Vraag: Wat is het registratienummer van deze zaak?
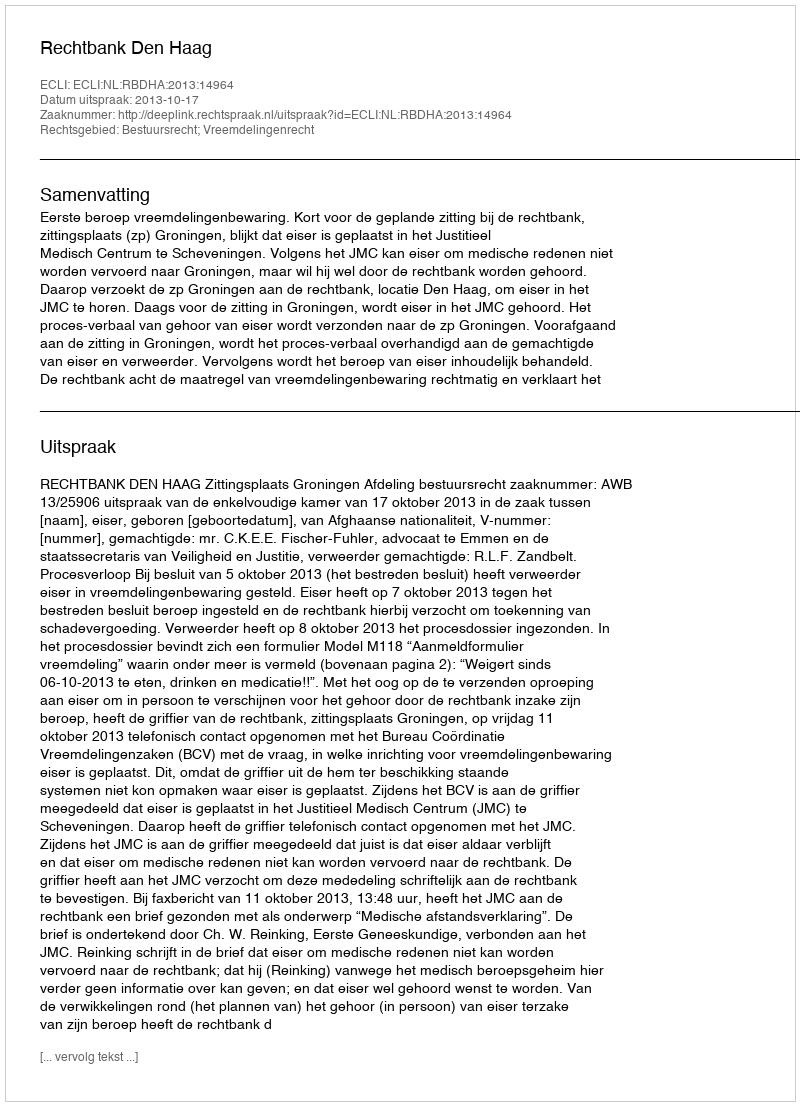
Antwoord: http://deeplink.rechtspraak.nl/uitspraak?id=ECLI:NL:RBDHA:2013:14964